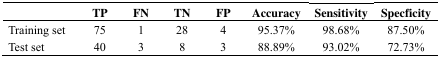
<table><thead><tr><td></td><td><b>TP</b></td><td><b>FN</b></td><td><b>TN</b></td><td><b>FP</b></td><td><b>Accuracy</b></td><td><b>Sensitivity</b></td><td><b>Specficity</b></td></tr></thead><tbody><tr><td>Training set</td><td>75</td><td>1</td><td>28</td><td>4</td><td>95.37%</td><td>98.68%</td><td>87.50%</td></tr><tr><td>Test set</td><td>40</td><td>3</td><td>8</td><td>3</td><td>88.89%</td><td>93.02%</td><td>72.73%</td></tr></tbody></table>